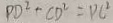
P D ^ { 2 } + C D ^ { 2 } = P C ^ { 2 }